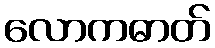
လောကဓာတ်